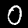
Digit: 0